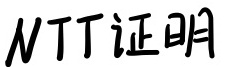
$NTT证明$